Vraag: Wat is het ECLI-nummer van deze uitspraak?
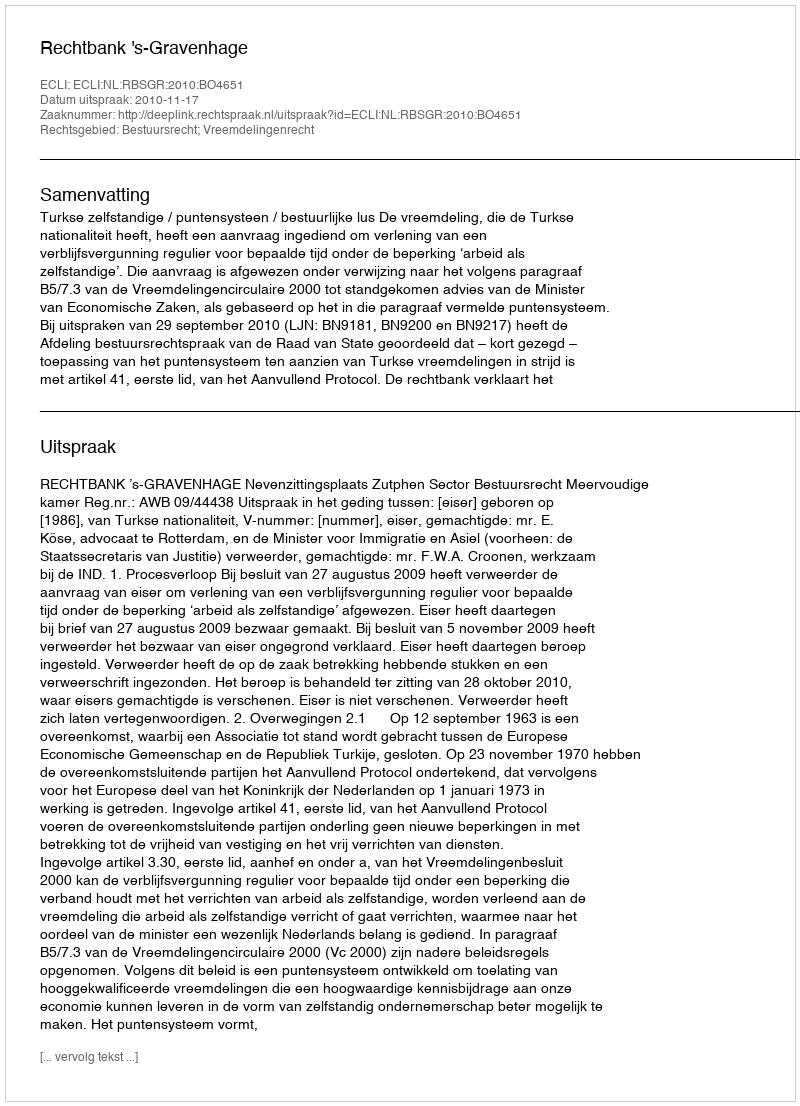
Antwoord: ECLI:NL:RBSGR:2010:BO4651